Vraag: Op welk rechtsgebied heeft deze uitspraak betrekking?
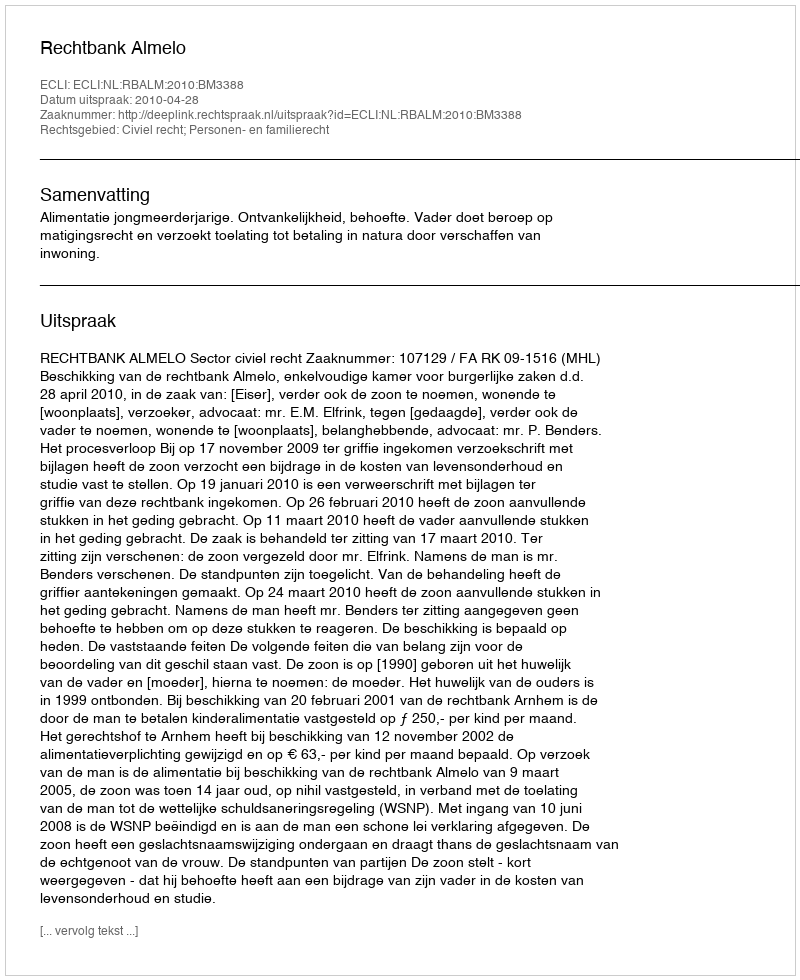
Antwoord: Civiel recht; Personen- en familierecht